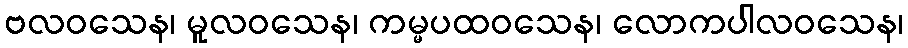
ဗလဝသေန၊ မူလဝသေန၊ ကမ္မပထဝသေန၊ လောကပါလဝသေန၊